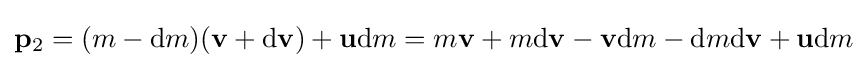
\mathbf {p} _{\mathrm {2} }=(m-\mathrm {d} m)(\mathbf {v} +\mathrm {d} \mathbf {v} )+\mathbf {u} \mathrm {d} m=m\mathbf {v} +m\mathrm {d} \mathbf {v} -\mathbf {v} \mathrm {d} m-\mathrm {d} m\mathrm {d} \mathbf {v} +\mathbf {u} \mathrm {d} m